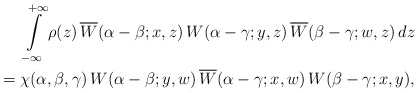
\begin{align*} \int\limits^{+\infty}_{-\infty} \rho(z) \, \overline{W}(\alpha-\beta;x,z)\, W(\alpha - \gamma;y,z)\, \overline{W}(\beta-\gamma;w,z) \,d z \\ =\chi(\alpha,\beta,\gamma)\,W(\alpha-\beta;y,w)\,\overline{W}(\alpha-\gamma;x,w) \,W(\beta-\gamma;x,y),\end{align*}